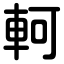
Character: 軻